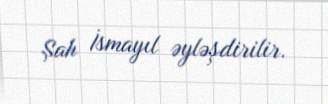
Şah İsmayıl əyləşdirilir.